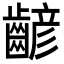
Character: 齴